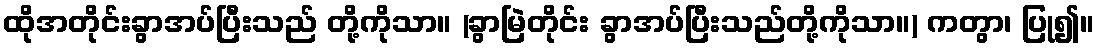
ထိုအတိုင်းခွာအပ်ပြီးသည် တို့ကိုသာ။ (ခွာမြဲတိုင်း ခွာအပ်ပြီးသည်တို့ကိုသာ။) ကတွာ၊ ပြု၍။